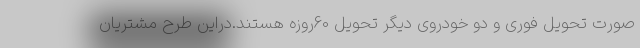
صورت تحویل فوری و دو خودروی دیگر تحویل 60روزه هستند.دراین طرح مشتریان